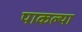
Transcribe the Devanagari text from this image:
पाकल्या